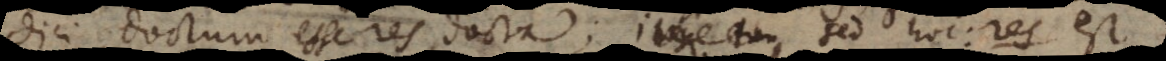
dici doctum esse res docta; sed hoc: res est